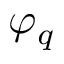
\varphi _ { q }